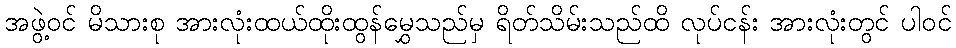
အဖွဲ့ဝင် မိသားစု အားလုံးထယ်ထိုးထွန်မွှေသည်မှ ရိတ်သိမ်းသည်ထိ လုပ်ငန်း အားလုံးတွင် ပါဝင်